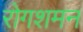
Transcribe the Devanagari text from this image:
रोगशमन